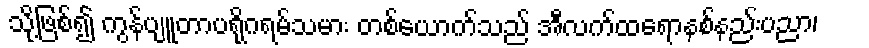
သို့ဖြစ်၍ ကွန်ပျူတာပရိုဂရမ်သမား တစ်ယောက်သည် အီလက်ထရောနစ်နည်းပညာ၊